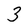
Character: 3